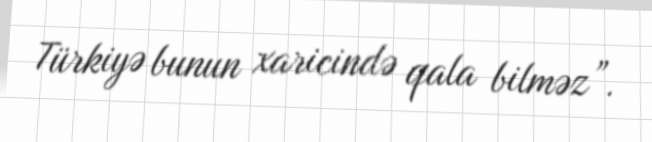
Türkiyə bunun xaricində qala bilməz”.